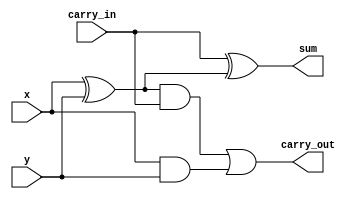
module full_adder(
    input carry_in,
    input x,
    input y,
    output sum,
    output carry_out   
);

    wire xor1_, and1_, and2_;
    xor(xor1_, x, y);
    xor(sum, carry_in, xor1_);
    and(and1_, xor1_, carry_in);
    and(and2_, x, y);
    or(carry_out, and1_, and2_);
endmodule